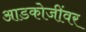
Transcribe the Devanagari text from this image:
आडकोजींवर